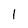
Character: l